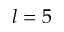
l = 5